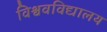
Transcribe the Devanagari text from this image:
विश्ववविद्यालय